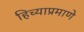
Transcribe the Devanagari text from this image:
हिच्याप्रमाणे